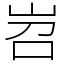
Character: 岧